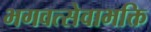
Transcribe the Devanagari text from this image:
भगवत्सेवाभक्ति